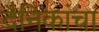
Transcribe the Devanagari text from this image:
दैनिकांचा